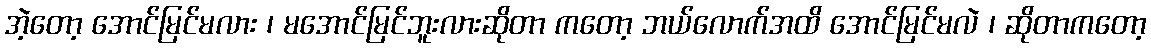
အဲ့တော့ အောင်မြင်မလား ၊ မအောင်မြင်ဘူးလားဆိုတာ ကတော့ ဘယ်လောက်အထိ အောင်မြင်မလဲ ၊ ဆိုတာကတော့